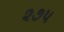
૨૭પ